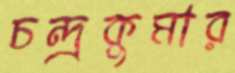
চন্দ্রকুমার